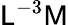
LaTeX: {\mathsf{L}}^{-3}{\mathsf{M}}